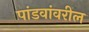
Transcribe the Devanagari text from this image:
पांडवांवरील